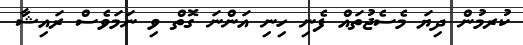
ކުރމުން ދިޔަ މެސެޖުތައް ފެނި ހިނި އަންނަ ގޮތް ވި ނަމަވެސް ރައިޝާ